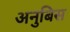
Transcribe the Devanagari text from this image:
अनुबिस